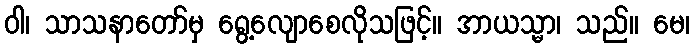
ဝါ၊ သာသနာတော်မှ ရွေ့လျောစေလိုသဖြင့်။ အာယသ္မာ၊ သည်။ မေ၊